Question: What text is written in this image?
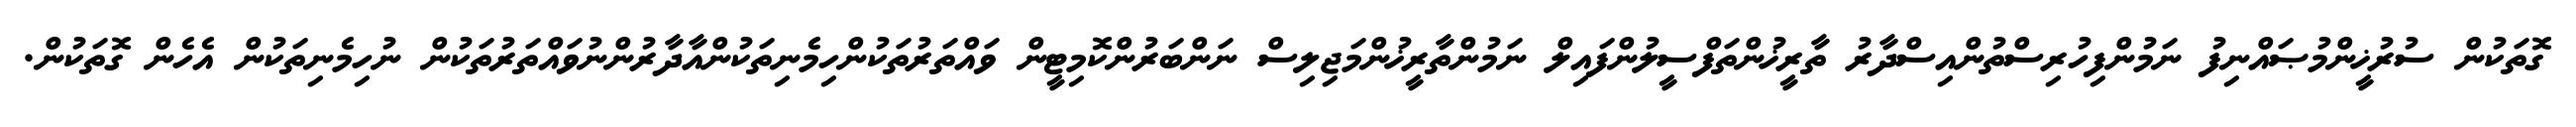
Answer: ގޮތަކުން ސުރުޚީންމުޞައްނިފު ނަމުންފިހުރިސްތުންއިސްދާރު ތާރީޚުންތަފްސީލުންފައިލް ނަމުންތާރީޚުންމަޖިލިސް ނަންބަރުންކޮމިޓީން ވައްތަރުތަކުންހިމެނިތަކުންއާދާރުންނުވައްތަރުތަކުން ނުހިމެނިތަކުން އެހެން ގޮތަކުން.